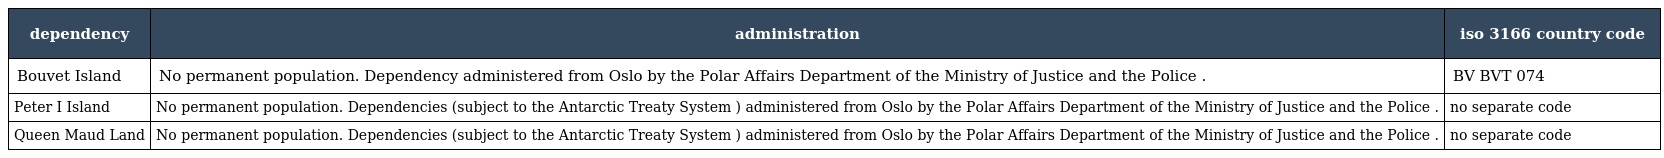
| dependency | administration | iso 3166 country code |
 | --- | --- | --- |
 | Bouvet Island | No permanent population. Dependency administered from Oslo by the Polar Affairs Department of the Ministry of Justice and the Police . | BV BVT 074 |
 | Peter I Island | No permanent population. Dependencies (subject to the Antarctic Treaty System ) administered from Oslo by the Polar Affairs Department of the Ministry of Justice and the Police . | no separate code |
 | Queen Maud Land | No permanent population. Dependencies (subject to the Antarctic Treaty System ) administered from Oslo by the Polar Affairs Department of the Ministry of Justice and the Police . | no separate code |